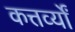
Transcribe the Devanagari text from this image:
कत्तर्व्यों